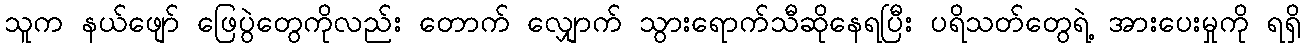
သူက နယ်ဖျော် ဖြေပွဲတွေကိုလည်း တောက် လျှောက် သွားရောက်သီဆိုနေရပြီး ပရိသတ်တွေရဲ့ အားပေးမှုကို ရရှိ